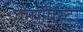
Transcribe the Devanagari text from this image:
बोएविस्टा